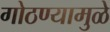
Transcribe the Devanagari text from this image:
गोठण्यामुळे